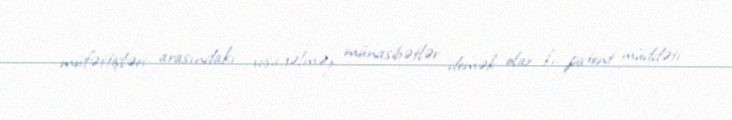
müfəttişləri arasındakı xoşagəlməz münasibətlər demək olar ki, patent müddəti